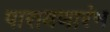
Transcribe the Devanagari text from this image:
पारायणारंभ